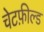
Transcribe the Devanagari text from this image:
चेटफ़ील्ड